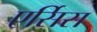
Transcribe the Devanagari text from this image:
एर्सिस